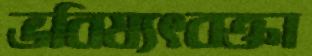
ভবিষ্যৎবক্তা